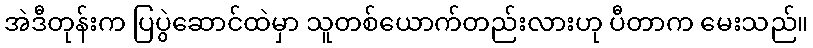
အဲဒီတုန်းက ပြပွဲဆောင်ထဲမှာ သူတစ်ယောက်တည်းလားဟု ပီတာက မေးသည်။